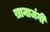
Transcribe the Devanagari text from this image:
ख़ानाजंगी